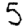
Digit: 5